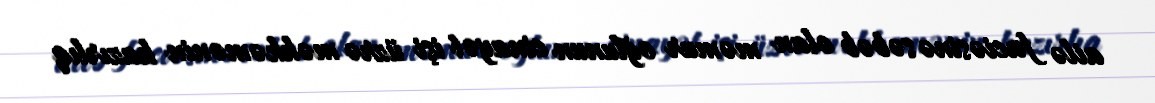
ailə faciəsinə səbəb olan məmur oğlunun cinayət işi üzrə məhkəmənin hazırlıq